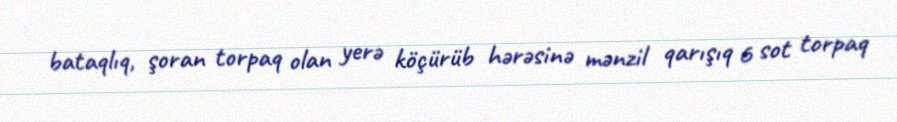
bataqlıq, şoran torpaq olan yerə köçürüb hərəsinə mənzil qarışıq 6 sot torpaq